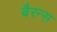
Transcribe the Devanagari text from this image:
बैरन्स